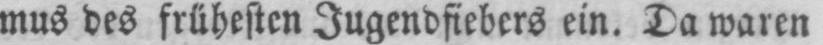
mus des frühesten Jugendfiebers ein. Da waren